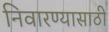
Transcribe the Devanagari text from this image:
निवारण्यासाठी